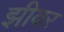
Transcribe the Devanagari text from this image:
झीवर